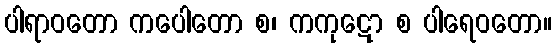
ပါရာဝတော ကပေါတော စ၊ ကကုဋော စ ပါရေဝတော။